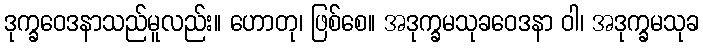
ဒုက္ခဝေဒနာသည်မူလည်း။ ဟောတု၊ ဖြစ်စေ။ အဒုက္ခမသုခဝေဒနာ ဝါ၊ အဒုက္ခမသုခ